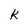
Character: k